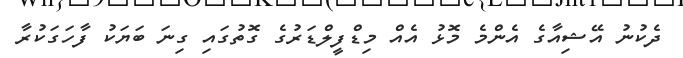
ދެކުނު އޭޝިއާގެ އެންމެ މޮޅު އެއް މިޑްފީލްޑަރުގެ ގޮތުގައި ގިނަ ބަޔަކު ފާހަގަކުރާ